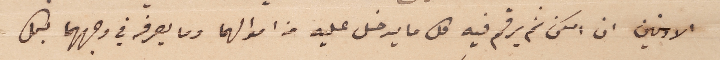
الادنين ان امكن ثم يرقم فيه كل ما يدخل عليه من اموالهما وما يصرفه في وجههما بكل